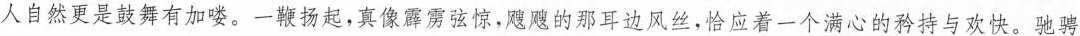
人自然更是鼓舞有加喽。一鞭扬起，真像霹雳弦惊，飕飕的那耳边风丝，恰应着一个满心的矜持与欢快。驰骋